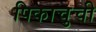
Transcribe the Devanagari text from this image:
पिकाचुची